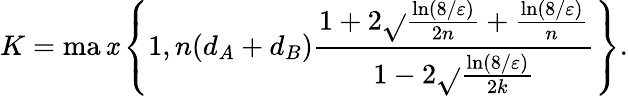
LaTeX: K=\operatorname*{ma\mathit{x}}\left\{ 1,n(d_{A}+d_{B})\frac{{1+2\sqrt{}{{\frac{{\ln(8/\varepsilon)}}{{2n}}}}+\frac{{\ln(8/\varepsilon)}}{{n}}}}{{1-2\sqrt{}{{\frac{{\ln(8/\varepsilon)}}{{2k}}}}}}\right\} .